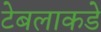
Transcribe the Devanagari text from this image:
टेबलाकडे